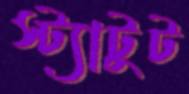
স্ট্যাটুট